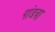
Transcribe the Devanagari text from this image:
पांडवा